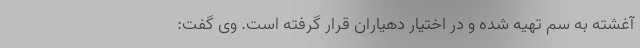
آغشته به سَم تهیه شده و در اختیار دهیاران قرار گرفته است. وی گفت: